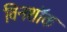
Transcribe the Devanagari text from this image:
विनशॉक